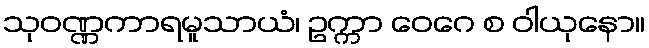
သုဝဏ္ဏကာရမူသာယံ၊ ဥက္ကာ ဝေဂေ စ ဝါယုနော။